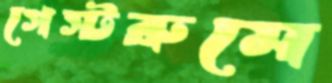
গেস্টরুমে